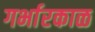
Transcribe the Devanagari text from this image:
गर्भारकाळ